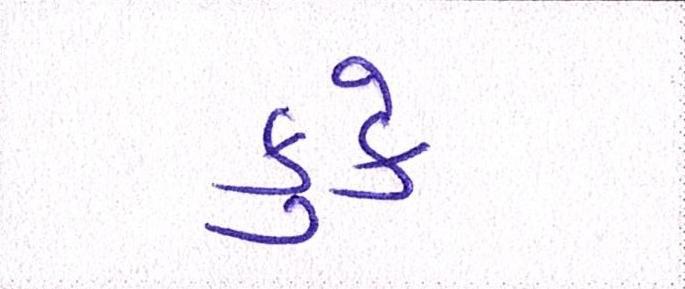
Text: કુકે